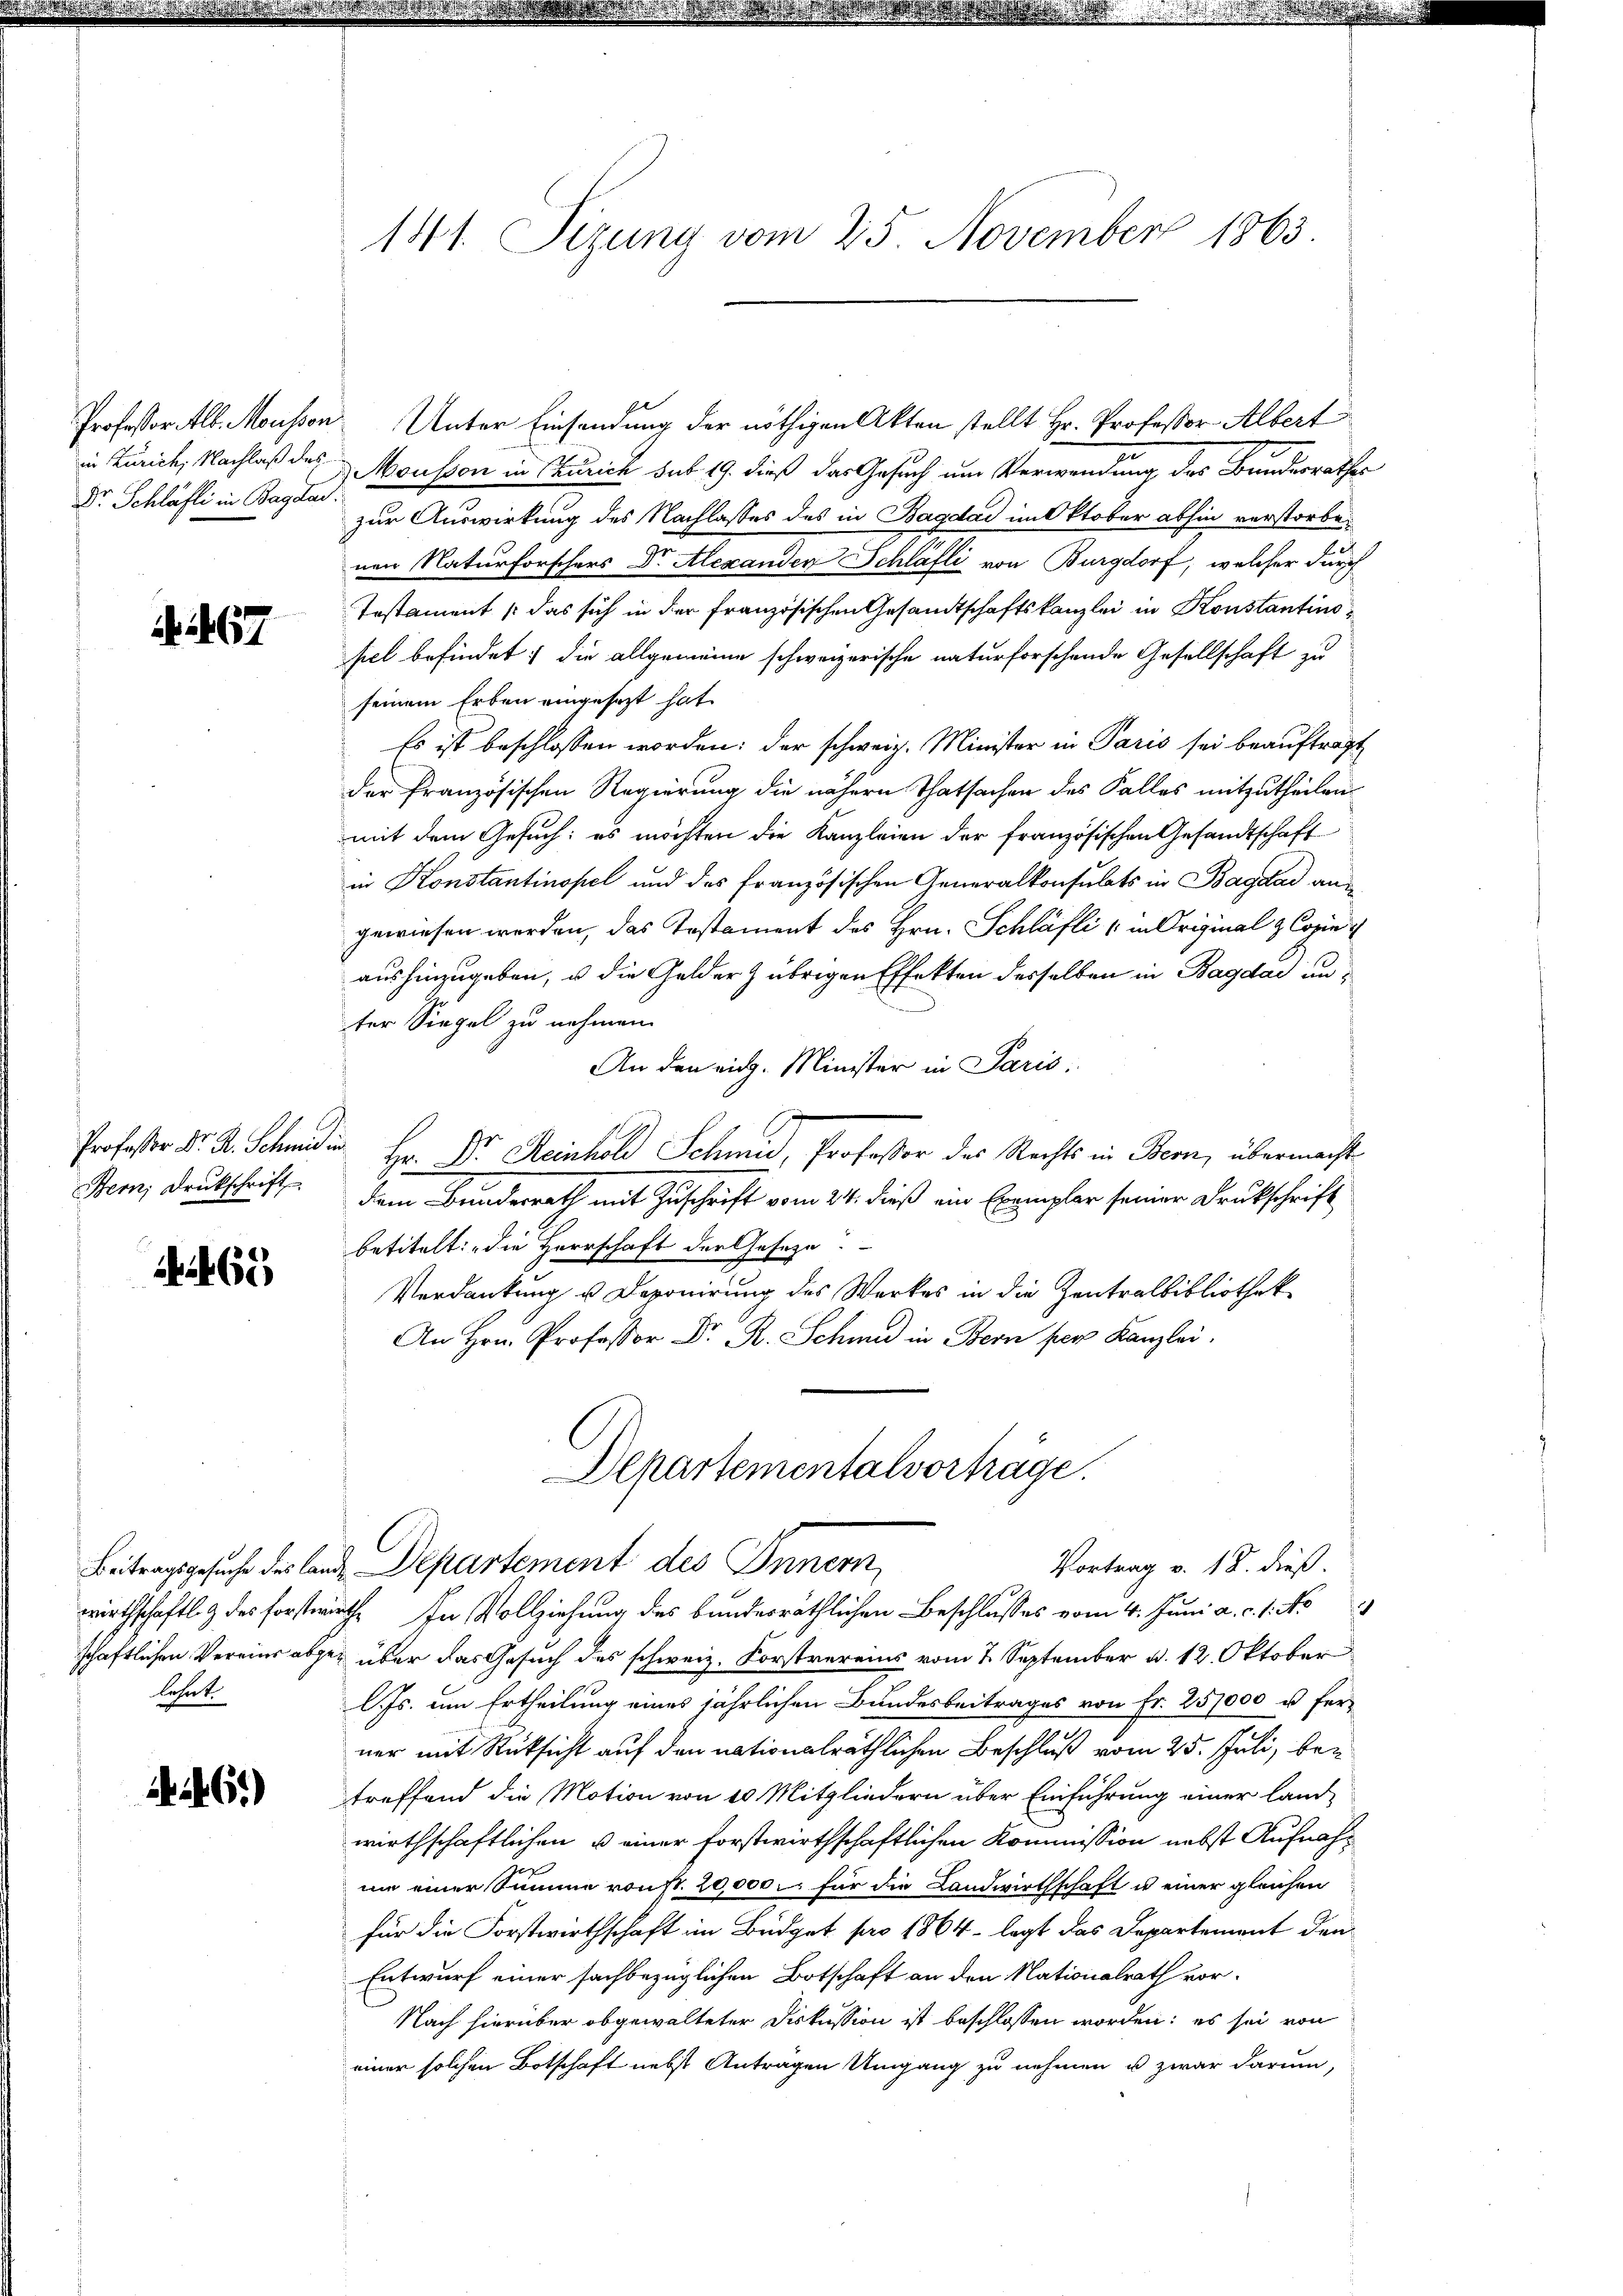
Dr. Schläfli in Bagda

A. 167

65

lehnt.

461)

141. Sizung vom 25. November 1863

Professor Alb. Mousson Unter Einsendung der nöthigen Akten stellt Hr. Professor Albert
in Zürich, Nachlaß des Mousson in Curich sub 19. dieß das Gesuch um Verwendung des Bundesrathes
zur Auswirkung des Nachlasses des in Bagdad im Oktober abhin verstorbenen Naturforschers Dr. Alexanden Schläfli von Burgdorf, welcher durch
Testament das sich in der französischen Gesandtschaftskanzlei in Konstantinopel befindet; die allgemeine schweizerische naturforschende Gesellschaft zu
seinem Erben eingesezt hat.
Es ist beschlossen worden: der schweiz. Minister in Paris sei beauftragt
der französischen Regierung die nähern Thatsachen des Falles mitzutheilen
mit dem Gesuch: es möchten die Kanzleien der französischen Gesandtschaft
in Konstantinopel und des französischen Generalkonsulats in Bagdad angewiesen werden, das Testament des Hrn. Schläfli (in Original & Copini
aushinzugeben, u die Gelder übrigen Effekten desselben in Bagdad an d
ter Siegel zu nehmen.
An den rich. Minister in Paris,
Professor Dr. R. Schmid in Hr. Dr. Reinhold Schmid, Professor des Rechts in Bern, übermacht
Bern Druckschrift dem Bunderrath mit Zuschrift vom 24. dieß ein Exemplar seiner Drukschrift
betitelt: „die Herrschaft der Geseze
Verdankung u. Deponirung des Werkes in die Zentralbibliothek
cie per Kanzlei
Departementalvorträge.
Vortrag v. 18. dieß.
Beitragsgesuche des land Departement des Innern,
wirthschaftlig des Forstwirth. In Vollziehung des bundesräthlichen Beschlusses vom 4. Juni a. c. 1. No
schaftlichen Vereins abgen über das Gesuch des schweiz. Forstvereins vom 2. September d. 12. Oktober
l. Js. um Ertheilung eines jährlichen Bundesbeitrages von Fr. 25,000 u. fer-
ner mit Rücksicht auf den nationalräthlichen Beschluß vom 25. Juli, betreffend die Motion von 20 Mitgliedern über Einführung einer land-
wirthschaftlichen u einer forstwirthschaftlichen Kommission nebst Aufnahnie einer Summe vonst. 20,000. für die Landwirthschaft u einer gleichen
für die Forstwirthschaft im Büdget pro 1864 - legt das Departement den
Entwurf einer sachbezüglichen Botschaft an den Nationalrath vor¬
Nach hierüber obgewalteter Diskussion ist beschlossen worden: es sei von
einer solchen Botschaft nebst Anträgen Umgang zu nehmen u zwar darum,